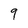
Character: 9